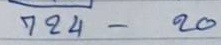
724 - 20